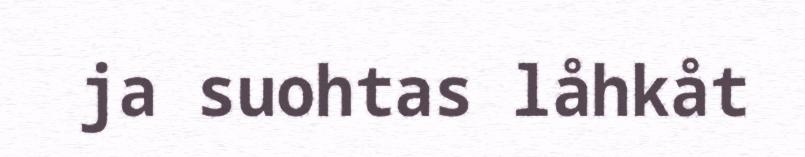
ja suohtas låhkåt